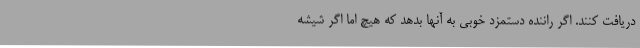
دریافت کنند. اگر راننده دستمزد خوبی به آنها بدهد که هیچ اما اگر شیشه